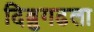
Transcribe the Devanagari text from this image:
दिब्रुगढला